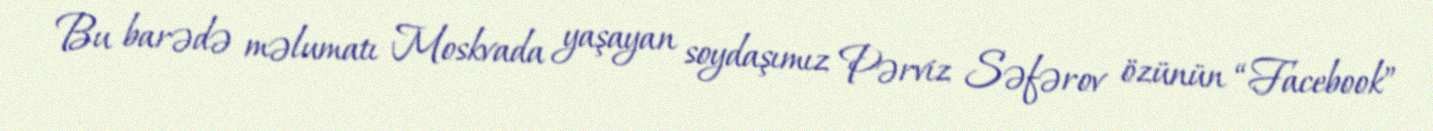
Bu barədə məlumatı Moskvada yaşayan soydaşımız Pərviz Səfərov özünün “Facebook”